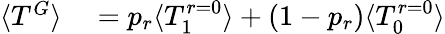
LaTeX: \begin{array}{rl}{\langle T^{G}\rangle}&{{}=p_{r}\langle T_{1}^{r=0}\rangle+(1-p_{r})\langle T_{0}^{r=0}\rangle}\end{array}